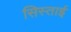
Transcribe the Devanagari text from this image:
सिस्ताई